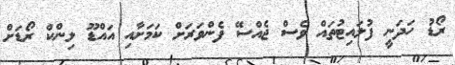
ރޯޑު ހަދަނީ ފުލައިޓުތައް ވެސް ޖެއްސޭ ފެންވަރަށް ކަމަށާއި އައްޑޫ ލިންކް ރޯޑަށް